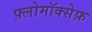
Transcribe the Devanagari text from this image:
फ़्लोमॉक्सेफ़